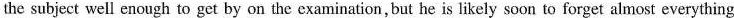
the subject well enough to get by on the examination,but he is likely soon to forget almost everything